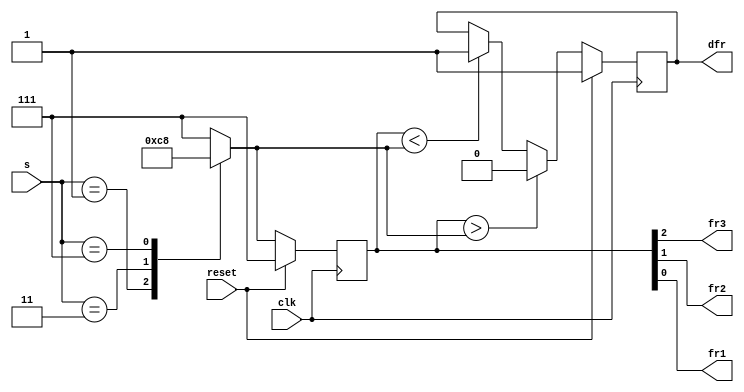
module top_module (
    input clk,
    input reset,
    input [3:1] s,
    output fr3,
    output fr2,
    output fr1,
    output dfr
); 
    reg [2:0]next;  //holds the next value of flow rates 
    reg [2:0]state; //holds the value of current value of flow rates
    
	always @(posedge clk)
		begin
			if(reset)
				state <= 3'b111;
			else
				state <= next;
        end
    
    /*Next flow rate logic*/
    always @ (*)
        begin
            //based on sensor inputs, change the flow rates
            case(s)
                3'b000: next <= 3'b111;
                3'b001: next <= 3'b011;
                3'b011: next <= 3'b001;
                3'b111: next <= 3'b000;
                default: next <= 3'b111;
            endcase
        end
    
    assign {fr3, fr2, fr1} = state;
    
    /*dfr logic*/
    always @ (posedge clk)
        begin
            if (reset)
                dfr <= 1;
            else begin
                if (state > next)
                    dfr <= 0;
                else if (state < next)
                    dfr <= 1;
                else
                    dfr <= dfr;
            end
        end

endmodule